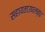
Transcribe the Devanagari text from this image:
सहायताउपलब्ध